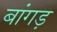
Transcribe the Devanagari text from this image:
बांगड़